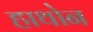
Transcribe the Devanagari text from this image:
हाथोन